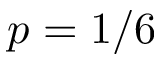
p = 1 / 6